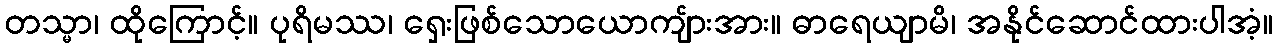
တသ္မာ၊ ထိုကြောင့်။ ပုရိမဿ၊ ရှေးဖြစ်သောယောကျ်ားအား။ ဓာရေယျာမိ၊ အနိုင်ဆောင်ထားပါအံ့။